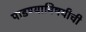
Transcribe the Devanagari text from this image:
पाडण्याविषयीची